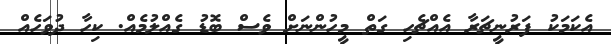
އެކަމަކު ފަރުނީޗަރާ އެއްޗެހި ގަތް މީހުންނަށް ވެސް ބޮޑު ގެއްލުމެއް. ކިހާ ދުވަހެއް